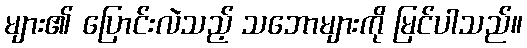
များ၏ ပြောင်းလဲသည့် သဘောများကို မြင်ပါသည်။